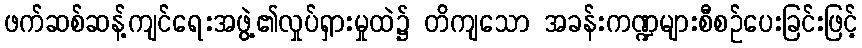
ဖက်ဆစ်ဆန့်ကျင်ရေးအဖွဲ့၏လှုပ်ရှားမှုထဲ၌ တိကျသော အခန်းကဏ္ဍများစီစဉ်ပေးခြင်းဖြင့်